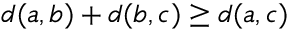
d ( a , b ) + d ( b , c ) \geq d ( a , c )